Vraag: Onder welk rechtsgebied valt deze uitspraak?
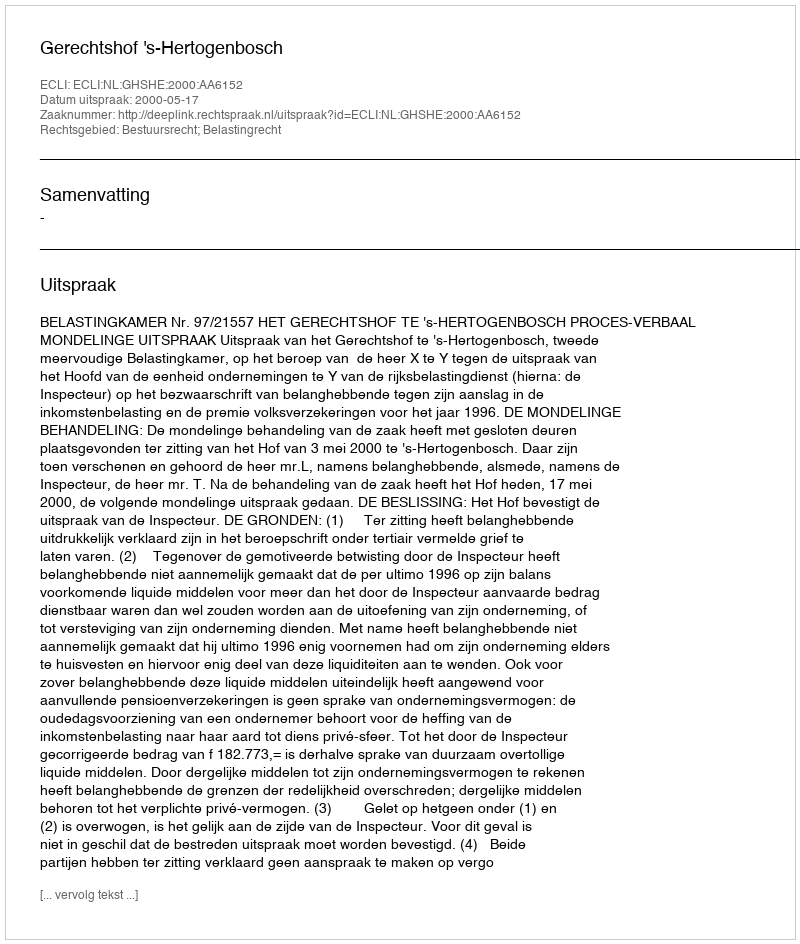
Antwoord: Bestuursrecht; Belastingrecht